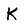
Character: K